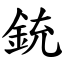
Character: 銃